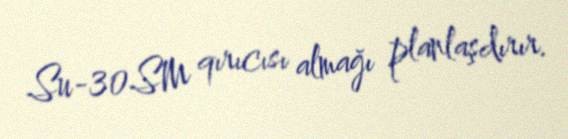
Su-30SM qırıcısı almağı planlaşdırır.